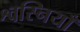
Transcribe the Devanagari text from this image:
श्वस्नियाँ